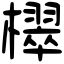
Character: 𣝦